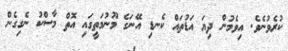
ކުރެވުނެވެ. އިވެމުން ދިޔަ އަޑުތައް ކެނޑި އޭނަގެ މޫނުމަތީގައި އޮތް މާސްކު ނެގިގެން